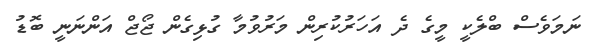
ނަމަވެސް ބްލެކީ މީގެ ދެ އަހަރުކުރިން މަރުވުމާ ގުޅިގެން ޖޯޖް އަންނަނީ ބޮޑު